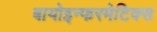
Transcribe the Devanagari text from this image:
बायोइन्फरमेटिक्स